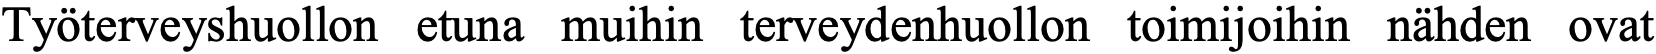
Työterveyshuollon etuna muihin terveydenhuollon toimijoihin nähden ovat